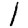
Digit: 1